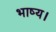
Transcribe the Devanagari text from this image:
भाष्य।